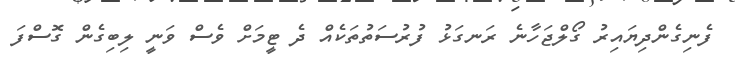
ފެނިގެންދިޔައިރު ގޯލްޖަހާނެ ރަނގަޅު ފުރުސަތުތަކެއް ދެ ޓީމަށް ވެސް ވަނީ ލިބިގެން ގޮސްފަ